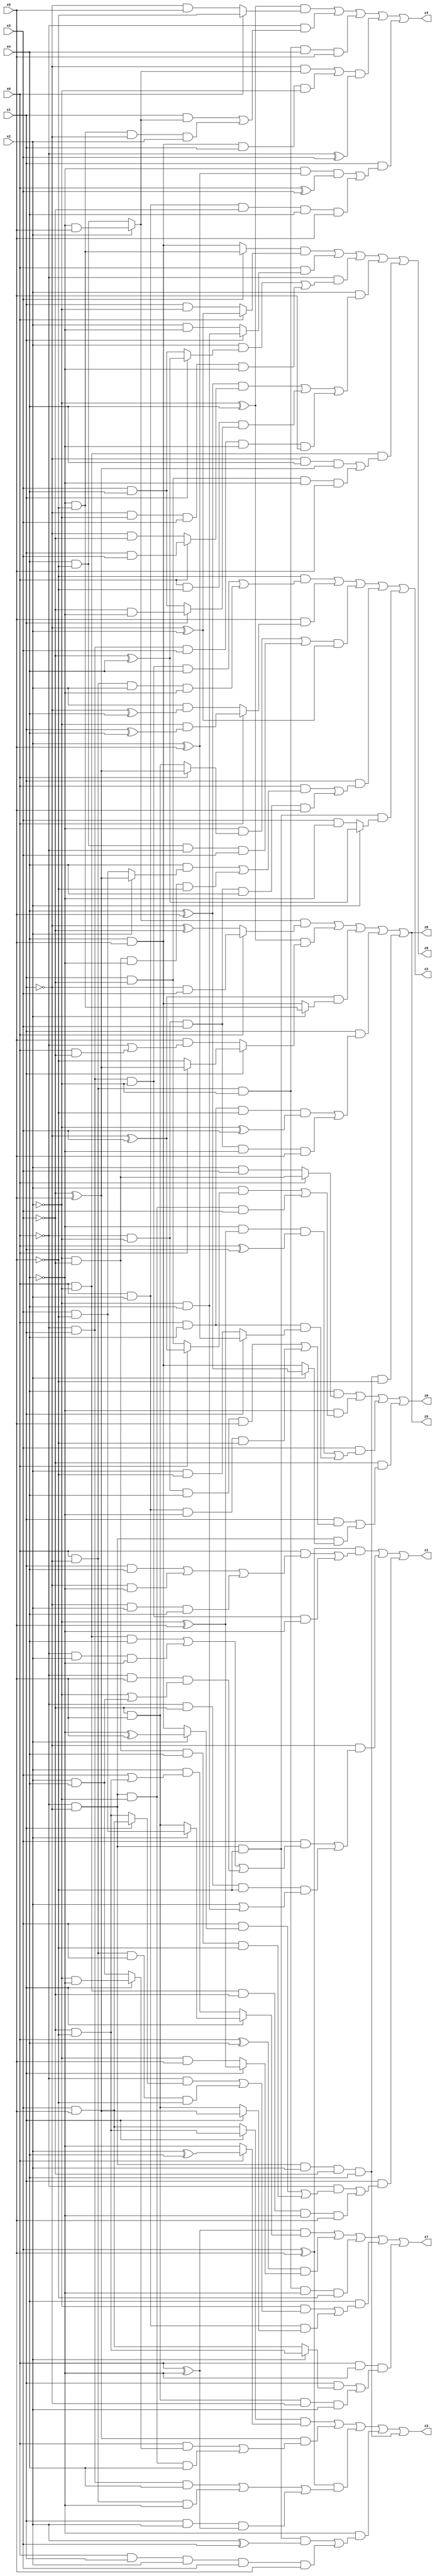
// Benchmark "X_32" written by ABC on Tue Jun 06 22:24:04 2023

module X_32 ( 
    x0, x1, x2, x3, x4, x5,
    z0, z1, z2, z3, z4, z5, z6, z7, z8  );
  input  x0, x1, x2, x3, x4, x5;
  output z0, z1, z2, z3, z4, z5, z6, z7, z8;
  assign z0 = (x4 & (x0 ? (~x2 & ~x3) : (x2 & x3))) | (~x4 & ((x2 & (x0 ? (~x1 ^ x3) : (x1 & ~x3))) | (~x0 & ~x1 & ~x2 & x3))) | (x3 & ((~x4 & (~x2 ^ x5) & (x0 ^ x1)) | (x0 & x4 & (x1 ? (x2 ^ x5) : (x2 & ~x5))))) | (~x3 & ((x1 & ((~x0 & ~x2 & x4 & x5) | (x0 & x2 & ~x4 & ~x5))) | (~x0 & ~x1 & (x2 ? (x4 ^ x5) : (x4 & x5)))));
  assign z1 = ((x3 ^ x5) & ((x0 & ((x1 & x4) | (~x1 & ~x4) | (~x1 & x2 & x4))) | (~x0 & x1 & ~x2 & ~x4))) | (~x1 & ((x3 & ((x0 & ~x2 & x4) | (~x0 & x2 & ~x4) | (~x0 & x5 & (~x2 | (x2 & x4))))) | (~x0 & ~x3 & ~x5 & (x2 | (~x2 & x4))))) | (x1 & ((~x0 & ((x3 & (x2 ? (~x4 ^ x5) : (x4 & x5))) | (~x2 & ~x3 & x4 & ~x5))) | (x0 & ~x2 & ~x3 & ~x4 & x5)));
  assign z2 = (~x5 & ((~x0 & x1 & ~x2 & x4) | (x0 & ~x1 & x2 & ~x4))) | (x5 & (x0 ? (~x2 & (x1 ^ x4)) : (x2 & (~x1 ^ x4)))) | (((~x4 & (x0 ? (~x3 ^ x5) : (~x3 & x5))) | (x4 & ~x5 & ~x0 & x3)) & (~x1 ^ x2)) | (x1 & ((x0 & ((x4 & (x2 ? (~x3 ^ x5) : (x3 & ~x5))) | (~x2 & ~x3 & ~x4 & ~x5))) | (~x0 & ~x2 & x3 & x4 & x5))) | (~x0 & ~x1 & ~x5 & (x2 ? (~x3 ^ x4) : (x3 & ~x4)));
  assign z3 = ((x1 ? (~x3 & ~x5) : (x3 & x5)) & (x0 ? (x2 ^ x4) : ~x4)) | ((~x3 ^ x5) & ((x0 & (x1 ? (~x2 & ~x4) : (x2 & x4))) | (~x0 & ~x1 & ~x2 & x4))) | ((x3 ^ x5) & ((~x0 & x1 & x4) | (x0 & ~x1 & ~x4) | (x1 & x2 & (x0 ^ ~x4)))) | (~x4 & ((~x0 & ~x1 & ~x5 & (x2 ^ x3)) | (x0 & x1 & x2 & x3 & x5))) | (~x0 & ~x1 & x2 & ~x3 & x4);
  assign z4 = ((~x2 ^ x4) & (x0 ? ~x5 : (~x1 & x5))) | (~x0 & ((x1 & (x2 ? (~x4 & x5) : (x4 & ~x5))) | (~x4 & ~x5 & ~x1 & x2))) | (x0 & ~x1 & ~x2 & x4 & x5) | (((~x1 & (x2 ? (~x4 & x5) : (x4 & ~x5))) | (x4 & x5 & x1 & ~x2)) & (~x0 ^ x3)) | (x1 & ((~x4 & (x2 ^ x5) & (x0 ^ x3)) | (x0 & x2 & ~x3 & x4 & x5)));
  assign z5 = ((x2 ? (~x4 & x5) : (x4 & ~x5)) & (x0 ? (~x1 & x3) : (~x1 ^ ~x3))) | ((~x2 ^ x4) & (x1 ? (x0 ? (~x3 ^ x5) : ~x5) : (x5 & (~x0 | (x0 & ~x3))))) | ((~x1 ^ x3) & (x2 ? (~x4 & ~x5) : (x4 & x5))) | (x1 & ((x0 & x4 & ~x5 & (~x2 ^ x3)) | (~x0 & ~x2 & x3 & ~x4 & x5))) | (~x0 & ~x1 & x2 & ~x3 & x4 & ~x5);
  assign z6 = ((x3 ? (~x4 & ~x5) : (x4 & x5)) & (x0 ? (~x1 ^ x2) : (x1 & ~x2))) | (x0 & (x1 ? (~x2 & x4) : (x2 & ~x4))) | (~x0 & ((x2 & (x1 ? (~x3 ^ x4) : (x3 & x4))) | (~x1 & ~x2 & x3 & ~x4))) | (x2 & (((x4 ^ x5) & (x0 ? (x1 & x3) : (~x1 & ~x3))) | (x0 & ~x5 & (x1 ? (~x3 & ~x4) : (x3 & x4))) | (~x0 & x1 & x3 & ~x4 & x5))) | (x0 & ~x2 & ((~x1 & x4 & (~x3 ^ x5)) | (x1 & ~x3 & ~x4 & x5)));
  assign z7 = ((x0 ^ ~x4) & (x1 ? (x2 ? (x3 & ~x5) : (~x3 & x5)) : (x2 & (x3 | (~x3 & ~x5))))) | ((x0 ^ x4) & (x1 ? (~x2 ^ x5) : (~x2 & x5))) | (x0 & ~x1 & ~x2 & ~x4 & ~x5) | (x4 & ((~x2 & ((~x0 & (x1 ? (x3 & x5) : (~x3 & ~x5))) | (x0 & ~x1 & x3 & ~x5))) | (x0 & x2 & (x1 ? (~x3 ^ x5) : (~x3 & x5))))) | (x0 & ~x4 & ((x1 & (x2 ? (~x3 & ~x5) : (x3 & x5))) | (~x3 & x5 & ~x1 & x2)));
  assign z8 = ((x2 ? (~x4 & x5) : (x4 & ~x5)) & (x0 ? (~x1 & x3) : (~x1 ^ ~x3))) | ((~x2 ^ x4) & (x1 ? (x0 ? (~x3 ^ x5) : ~x5) : (x5 & (~x0 | (x0 & ~x3))))) | ((~x1 ^ x3) & (x2 ? (~x4 & ~x5) : (x4 & x5))) | (x1 & ((x0 & x4 & ~x5 & (~x2 ^ x3)) | (~x0 & ~x2 & x3 & ~x4 & x5))) | (~x0 & ~x1 & x2 & ~x3 & x4 & ~x5);
endmodule